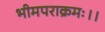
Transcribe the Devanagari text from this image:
भीमपराक्रमः।।